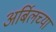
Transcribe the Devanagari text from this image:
अर्बिलच्या